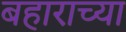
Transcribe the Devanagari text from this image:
बहाराच्या